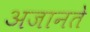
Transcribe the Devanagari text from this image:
अजानते